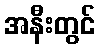
အနီးတွင်